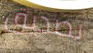
بصديق